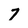
Character: 7